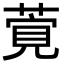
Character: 𦶴